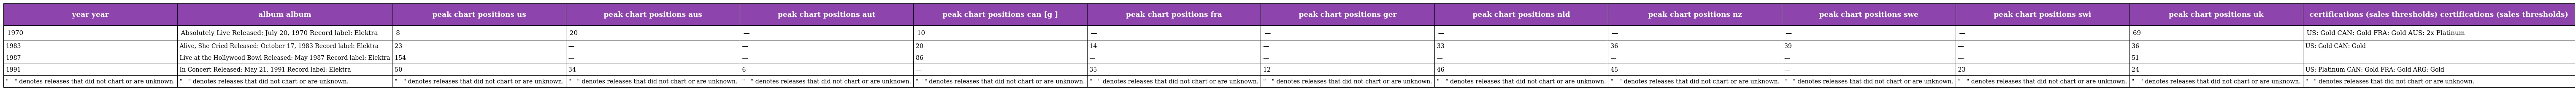
| year year | album album | peak chart positions us | peak chart positions aus | peak chart positions aut | peak chart positions can [g ] | peak chart positions fra | peak chart positions ger | peak chart positions nld | peak chart positions nz | peak chart positions swe | peak chart positions swi | peak chart positions uk | certifications (sales thresholds) certifications (sales thresholds) |
 | --- | --- | --- | --- | --- | --- | --- | --- | --- | --- | --- | --- | --- | --- |
 | 1970 | Absolutely Live Released: July 20, 1970 Record label: Elektra | 8 | 20 | — | 10 | — | — | — | — | — | — | 69 | US: Gold CAN: Gold FRA: Gold AUS: 2x Platinum |
 | 1983 | Alive, She Cried Released: October 17, 1983 Record label: Elektra | 23 | — | — | 20 | 14 | — | 33 | 36 | 39 | — | 36 | US: Gold CAN: Gold |
 | 1987 | Live at the Hollywood Bowl Released: May 1987 Record label: Elektra | 154 | — | — | 86 | — | — | — | — | — | — | 51 |  |
 | 1991 | In Concert Released: May 21, 1991 Record label: Elektra | 50 | 34 | 6 | — | 35 | 12 | 46 | 45 | — | 23 | 24 | US: Platinum CAN: Gold FRA: Gold ARG: Gold |
 | "—" denotes releases that did not chart or are unknown. | "—" denotes releases that did not chart or are unknown. | "—" denotes releases that did not chart or are unknown. | "—" denotes releases that did not chart or are unknown. | "—" denotes releases that did not chart or are unknown. | "—" denotes releases that did not chart or are unknown. | "—" denotes releases that did not chart or are unknown. | "—" denotes releases that did not chart or are unknown. | "—" denotes releases that did not chart or are unknown. | "—" denotes releases that did not chart or are unknown. | "—" denotes releases that did not chart or are unknown. | "—" denotes releases that did not chart or are unknown. | "—" denotes releases that did not chart or are unknown. | "—" denotes releases that did not chart or are unknown. |